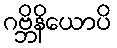
ဂဗ္ဘိနိယောပိ